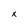
Character: x